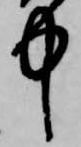
中